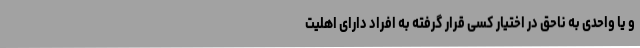
و یا واحدی به ناحق در اختیار کسی قرار گرفته به افراد دارای اهلیت